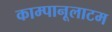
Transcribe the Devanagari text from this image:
काम्पानूलाटम